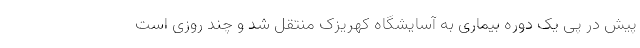
پیش در پی یک دوره بیماری به آسایشگاه کهریزک منتقل شد و چند روزی است